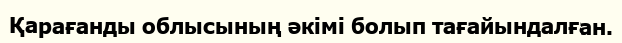
Қарағанды облысының әкімі болып тағайындалған.